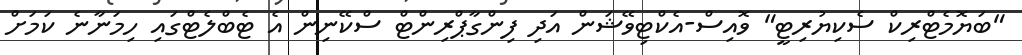
"ބަޔޮމެޓްރިކް ސެކިޔުރިޓީ" ވޮއިސް-އެކްޓިވޭޝަން އަދި ފިންގާޕްރިންޓް ސްކޭނިން އެ ޓެބްލެޓްގައި ހިމަނާނެ ކަމަށް